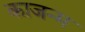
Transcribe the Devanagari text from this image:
काजन्‍म